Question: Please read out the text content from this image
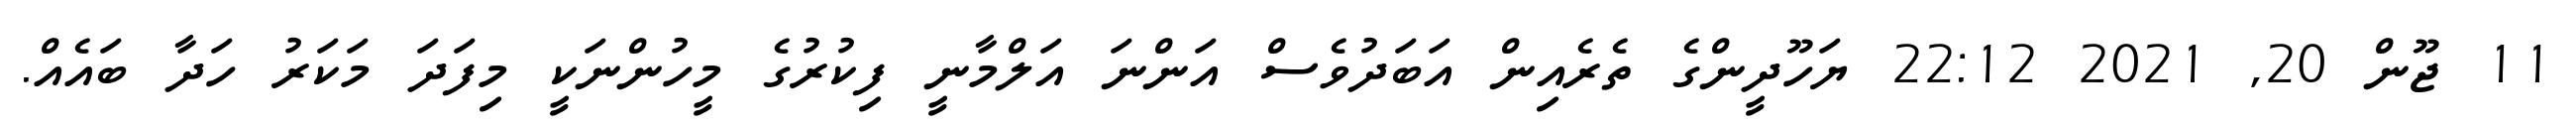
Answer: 11 ޖޫން 20, 2021 22:12 ޔަހޫދީންގެ ތެރެއިން އަބަދުވެސް އަންނަ އަލްމާނީ ފިކުރުގެ މީހުންނަކީ މިފަދަ މަކަރު ހަދާ ބައެއް.